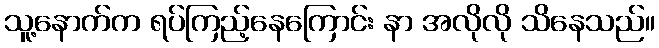
သူ့နောက်က ရပ်ကြည့်နေကြောင်း နာ အလိုလို သိနေသည်။